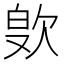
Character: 𪴭